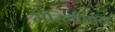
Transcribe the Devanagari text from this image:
मेरिलीबॉन